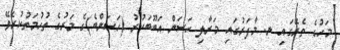
މަހުގެ ތެރޭގައި ނ. މާފަރުގައި މަރާލި ހަސަން އަބޫބަކުރު (ހަސަންބެ)ގެ މަރުގެ ތުހުމަތުކުރެވޭ